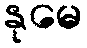
နုမေ